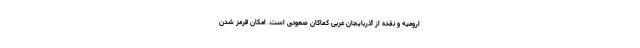
ارومیه و نقده از آذربایجان غربی کماکان صعودی است. امکان قرمز شدن